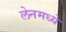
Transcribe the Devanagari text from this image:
लेनमध्ये